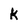
Character: k